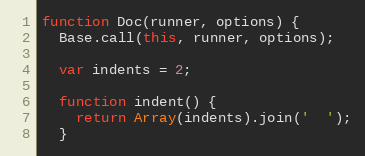
Language: JavaScript
function Doc(runner, options) {
  Base.call(this, runner, options);

  var indents = 2;

  function indent() {
    return Array(indents).join('  ');
  }